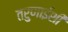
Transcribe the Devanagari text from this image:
तरुणाईशी